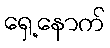
ရှေ့နောက်